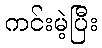
ကင်းမဲ့ပြီး